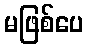
မဖြစ်ပေ